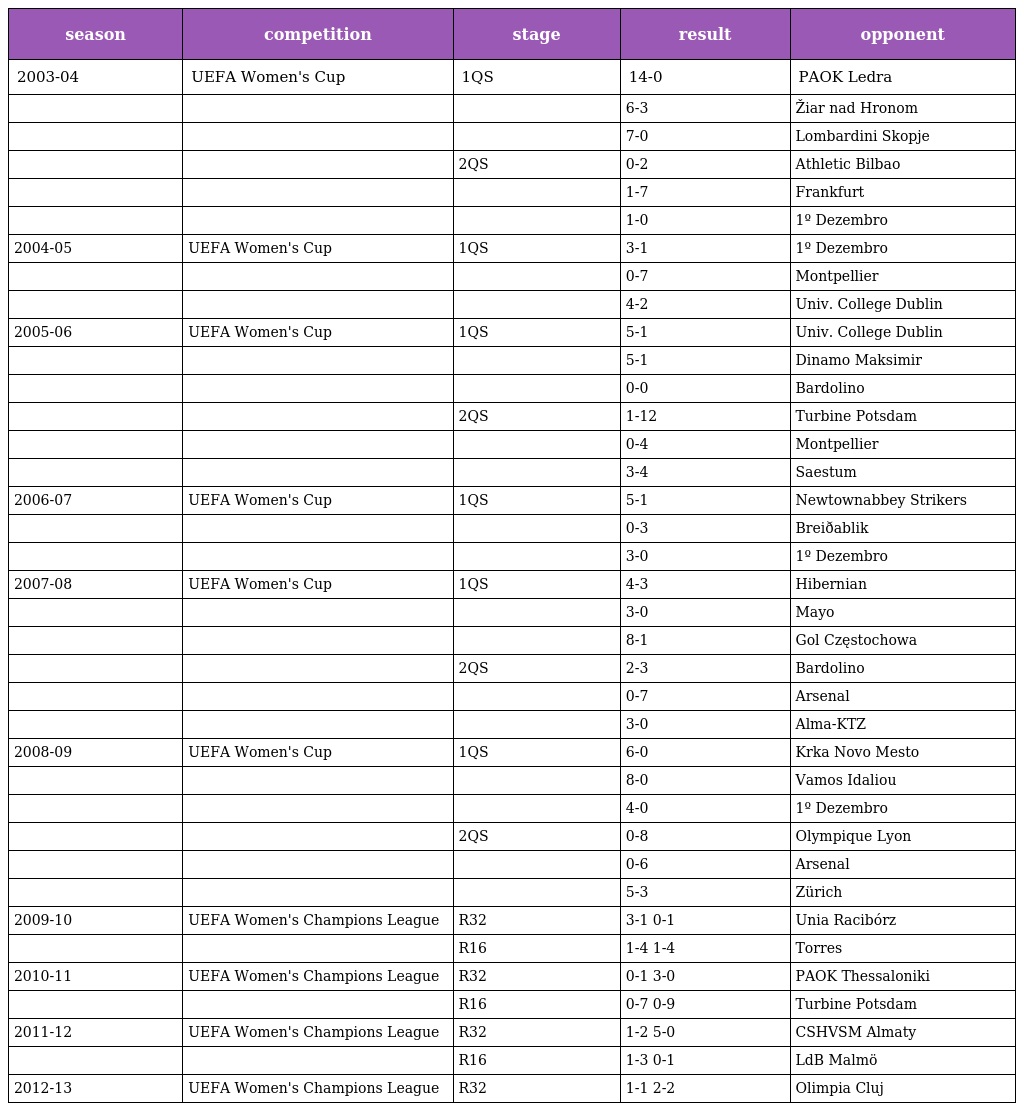
| season | competition | stage | result | opponent |
 | --- | --- | --- | --- | --- |
 | 2003-04 | UEFA Women's Cup | 1QS | 14-0 | PAOK Ledra |
 |  |  |  | 6-3 | Žiar nad Hronom |
 |  |  |  | 7-0 | Lombardini Skopje |
 |  |  | 2QS | 0-2 | Athletic Bilbao |
 |  |  |  | 1-7 | Frankfurt |
 |  |  |  | 1-0 | 1º Dezembro |
 | 2004-05 | UEFA Women's Cup | 1QS | 3-1 | 1º Dezembro |
 |  |  |  | 0-7 | Montpellier |
 |  |  |  | 4-2 | Univ. College Dublin |
 | 2005-06 | UEFA Women's Cup | 1QS | 5-1 | Univ. College Dublin |
 |  |  |  | 5-1 | Dinamo Maksimir |
 |  |  |  | 0-0 | Bardolino |
 |  |  | 2QS | 1-12 | Turbine Potsdam |
 |  |  |  | 0-4 | Montpellier |
 |  |  |  | 3-4 | Saestum |
 | 2006-07 | UEFA Women's Cup | 1QS | 5-1 | Newtownabbey Strikers |
 |  |  |  | 0-3 | Breiðablik |
 |  |  |  | 3-0 | 1º Dezembro |
 | 2007-08 | UEFA Women's Cup | 1QS | 4-3 | Hibernian |
 |  |  |  | 3-0 | Mayo |
 |  |  |  | 8-1 | Gol Częstochowa |
 |  |  | 2QS | 2-3 | Bardolino |
 |  |  |  | 0-7 | Arsenal |
 |  |  |  | 3-0 | Alma-KTZ |
 | 2008-09 | UEFA Women's Cup | 1QS | 6-0 | Krka Novo Mesto |
 |  |  |  | 8-0 | Vamos Idaliou |
 |  |  |  | 4-0 | 1º Dezembro |
 |  |  | 2QS | 0-8 | Olympique Lyon |
 |  |  |  | 0-6 | Arsenal |
 |  |  |  | 5-3 | Zürich |
 | 2009-10 | UEFA Women's Champions League | R32 | 3-1 0-1 | Unia Racibórz |
 |  |  | R16 | 1-4 1-4 | Torres |
 | 2010-11 | UEFA Women's Champions League | R32 | 0-1 3-0 | PAOK Thessaloniki |
 |  |  | R16 | 0-7 0-9 | Turbine Potsdam |
 | 2011-12 | UEFA Women's Champions League | R32 | 1-2 5-0 | CSHVSM Almaty |
 |  |  | R16 | 1-3 0-1 | LdB Malmö |
 | 2012-13 | UEFA Women's Champions League | R32 | 1-1 2-2 | Olimpia Cluj |